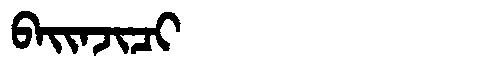
Manchu: ᠪᠠᡳᠨᠵᡳᠴᡳ
Romanization: BAINJICI